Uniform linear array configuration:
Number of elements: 16
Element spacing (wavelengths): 0.25
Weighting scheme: exponential
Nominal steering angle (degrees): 0
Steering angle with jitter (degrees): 0.08045
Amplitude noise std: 0.05
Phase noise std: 0.05

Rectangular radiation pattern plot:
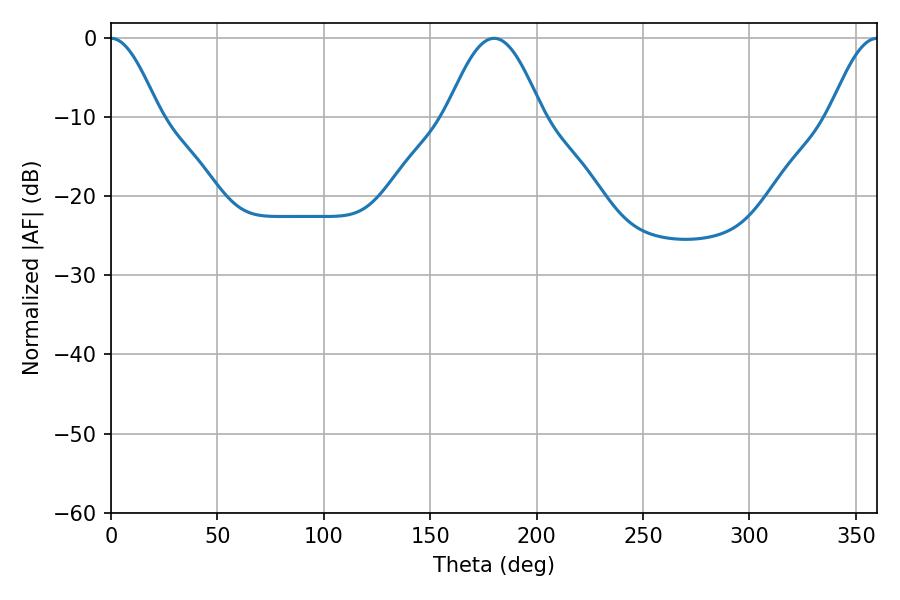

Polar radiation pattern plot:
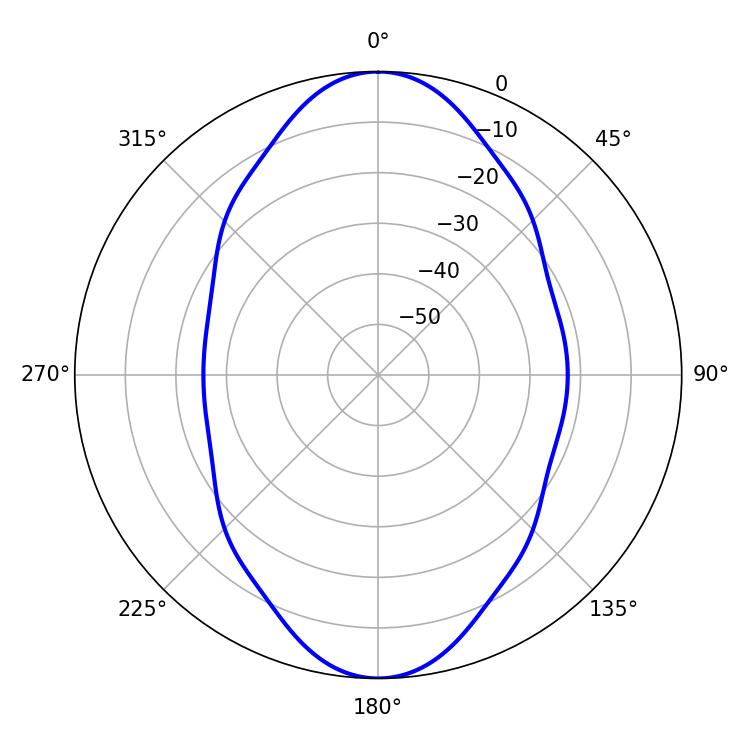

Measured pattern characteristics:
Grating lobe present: FALSE
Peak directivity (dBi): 26.86
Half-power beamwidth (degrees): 12.06
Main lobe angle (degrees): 0